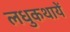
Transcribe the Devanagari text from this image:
लधुकथायें